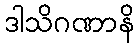
ဒါသိဂဏာနိ